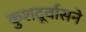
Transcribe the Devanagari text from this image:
कुशदूर्वासने